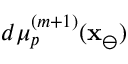
d \mu _ { p } ^ { ( m + 1 ) } ( \mathbf { x } _ { \ominus } )